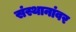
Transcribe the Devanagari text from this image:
संस्थानांवर